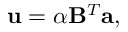
{ \bf u } = \alpha { \bf B } ^ { T } { \bf a } ,